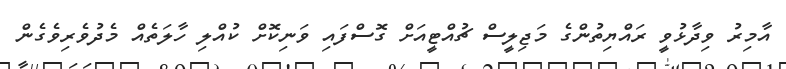
އާމިރު ވިދާޅުވީ ރައްޔިތުންގެ މަޖިލީސް ޗުއްޓީއަށް ގޮސްފައި ވަނިކޮށް ކުއްލި ހާލަތެއް މެދުވެރިވެގެން